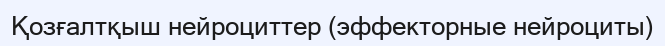
Қозғалтқыш нейроциттер (эффекторные нейроциты)